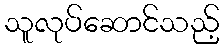
သူလုပ်ဆောင်သည့်